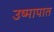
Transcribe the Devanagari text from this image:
उष्मापात